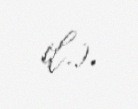
il.).